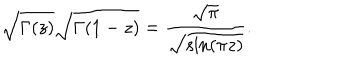
\sqrt { \Gamma ( z ) } \sqrt { \Gamma ( 1 - z ) } = { \frac { \sqrt \pi } { \sqrt { \sin ( \pi z ) } } } .